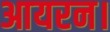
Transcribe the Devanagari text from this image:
आयरन।